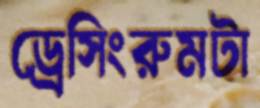
ড্রেসিংরুমটা